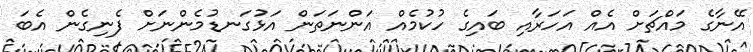
އޭނާގެ މައްޗަށް އެއް އަހަރާއި ބައިގެ ހުކުމެއް އަންނަތަން އަޅުގަނޑުމެންނަށް ފެނިގެން އެބަ